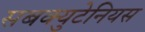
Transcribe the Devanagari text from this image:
सबक्युटेनियस